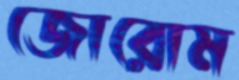
জোরোম